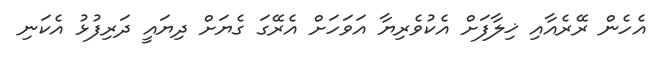
އެހެން ރޭރެއާއި ޚިލާފަށް އެކުވެރިޔާ އަވަހަށް އެރޭގަ ގެޔަށް ދިޔައީ ދަރިފުޅު އެކަނި